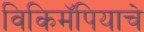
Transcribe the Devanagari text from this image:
विकिमॅपियाचे